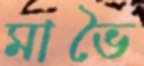
মাভৈ